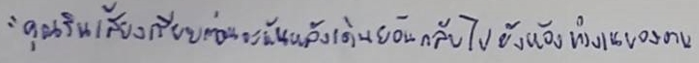
"คุณรินเสียงเรียบก่อนจะหันหลังเดินย้อนกลับไปยังห้องทำงานของตน